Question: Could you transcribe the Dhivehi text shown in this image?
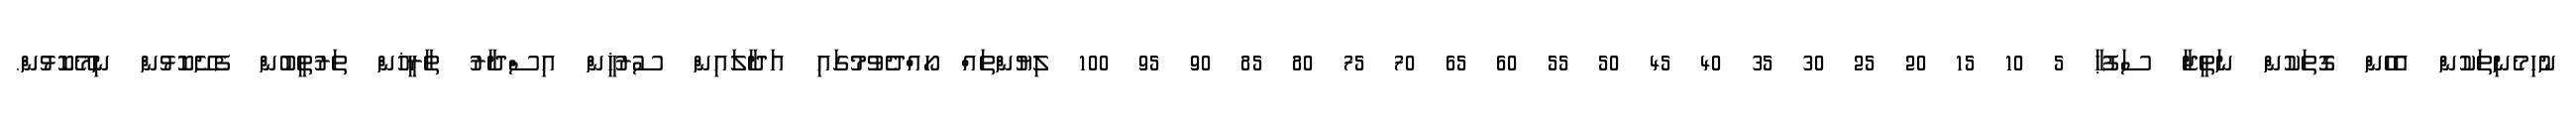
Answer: ނުހިމެނިތަކުން އެހެން ގޮތަކުން ނަތީޖާ ސަފުޙާ 5 10 15 20 25 30 35 40 45 50 55 60 65 70 75 80 85 90 95 100 ލިޔުންތައް ހޯއްދެވުމުގައި އަދާލައިން ސުރުޚީން އިސްދާރު ތާރީޚުން ތަރުތީބުން ފެށޭކޮޅުން ނިމޭކޮޅުން.